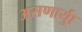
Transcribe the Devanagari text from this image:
असणार्याु